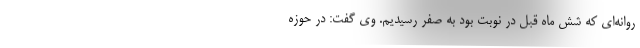
روانه‌ای که شش ماه قبل در نوبت بود به صفر رسیدیم. وی گفت: در حوزه